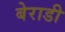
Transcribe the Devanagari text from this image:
बेराडी